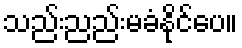
သည်းညည်းမခံနိုင်ပေ။